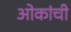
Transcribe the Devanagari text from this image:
ओकांची